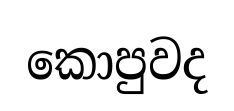
කොපුවද